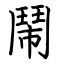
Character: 鬧